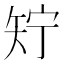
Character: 𬑱